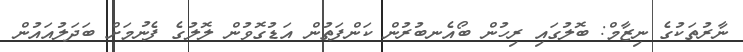
ނާރުތަކުގެ ނިޒާމް: ބޮލުގައި ރިހުން ބޯއެނބުރުން ކަންފަތުން އަޑުގޮވުން ލޮލުގެ ފެނުމަށް ބަދަލުއައުން